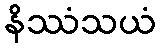
နိဿံသယံ